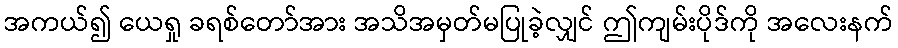
အကယ်၍ ယေရှု ခရစ်တော်အား အသိအမှတ်မပြုခဲ့လျှင် ဤကျမ်းပိုဒ်ကို အလေးနက်